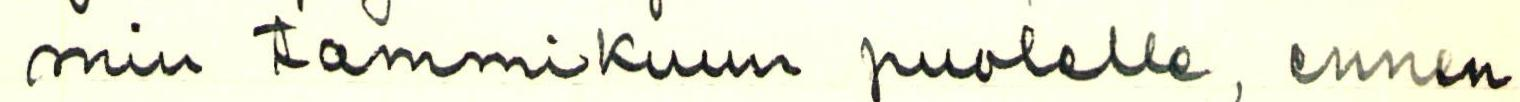
min tammikuun puolelle, ennen